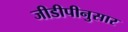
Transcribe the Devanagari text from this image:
जीडीपीनुसार